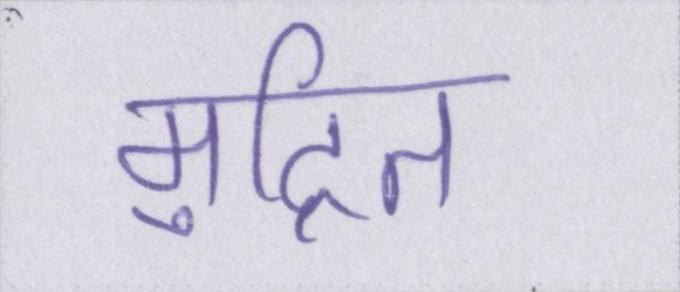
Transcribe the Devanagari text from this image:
मुद्रित